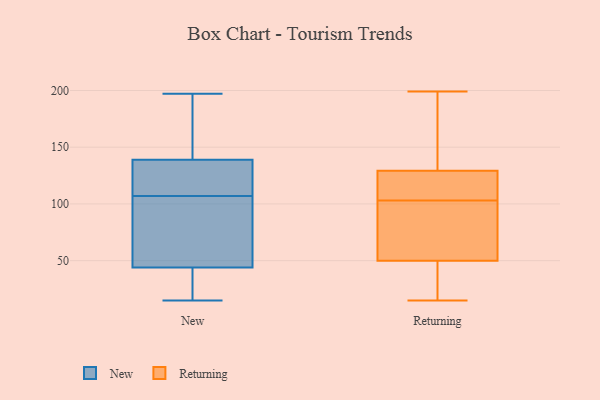
{"axis": {"x": "Customer Acquisition Cost (USD)", "y": "Value"}, "legend": ["New", "Returning"], "data": [{"x": "", "y": 60, "type": "New"}, {"x": "", "y": 128, "type": "New"}, {"x": "", "y": 136, "type": "New"}, {"x": "", "y": 196, "type": "New"}, {"x": "", "y": 130, "type": "New"}, {"x": "", "y": 150, "type": "New"}, {"x": "", "y": 197, "type": "New"}, {"x": "", "y": 24, "type": "New"}, {"x": "", "y": 124, "type": "New"}, {"x": "", "y": 44, "type": "New"}, {"x": "", "y": 44, "type": "New"}, {"x": "", "y": 90, "type": "New"}, {"x": "", "y": 88, "type": "New"}, {"x": "", "y": 152, "type": "New"}, {"x": "", "y": 25, "type": "New"}, {"x": "", "y": 139, "type": "New"}, {"x": "", "y": 15, "type": "New"}, {"x": "", "y": 71, "type": "New"}, {"x": "", "y": 58, "type": "Returning"}, {"x": "", "y": 118, "type": "Returning"}, {"x": "", "y": 21, "type": "Returning"}, {"x": "", "y": 95, "type": "Returning"}, {"x": "", "y": 196, "type": "Returning"}, {"x": "", "y": 15, "type": "Returning"}, {"x": "", "y": 119, "type": "Returning"}, {"x": "", "y": 139, "type": "Returning"}, {"x": "", "y": 28, "type": "Returning"}, {"x": "", "y": 114, "type": "Returning"}, {"x": "", "y": 126, "type": "Returning"}, {"x": "", "y": 185, "type": "Returning"}, {"x": "", "y": 103, "type": "Returning"}, {"x": "", "y": 29, "type": "Returning"}, {"x": "", "y": 199, "type": "Returning"}, {"x": "", "y": 99, "type": "Returning"}, {"x": "", "y": 57, "type": "Returning"}]}